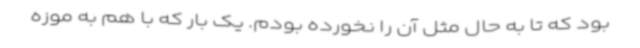
بود که تا به‌ حال مثل آن را نخورده بودم. یک‌ بار که با هم به موزه